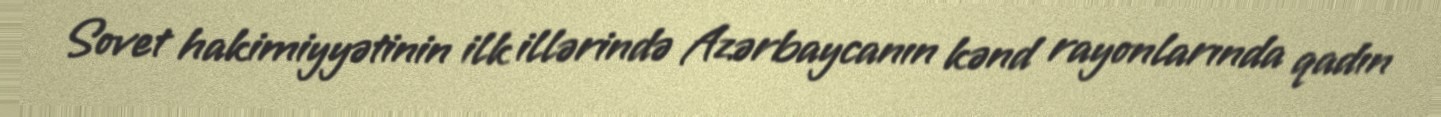
Sovet hakimiyyətinin ilk illərində Azərbaycanın kənd rayonlarında qadın